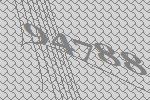
94788